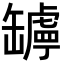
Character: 𦉛